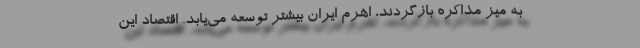
به میز مذاکره بازگردند، اهرم ایران بیشتر توسعه می‌یابد. اقتصاد این